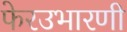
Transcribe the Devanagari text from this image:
फेरउभारणी